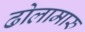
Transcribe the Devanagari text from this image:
ढोलामारु